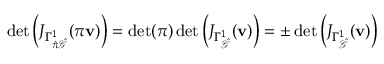
\operatorname* { d e t } \left( J _ { \Gamma _ { \hat { \pi } \hat { \mathcal { G } } } ^ { 1 } } ( \pi \mathbf { v } ) \right) = \operatorname* { d e t } ( \boldsymbol { \pi } ) \operatorname* { d e t } \left( J _ { \Gamma _ { \hat { \mathcal { G } } } ^ { 1 } } ( \mathbf { v } ) \right) = \pm \operatorname* { d e t } \left( J _ { \Gamma _ { \hat { \mathcal { G } } } ^ { 1 } } ( \mathbf { v } ) \right)